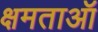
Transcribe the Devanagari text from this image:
क्षमताऑ